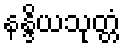
နန္ဒိယသုတ္တံ